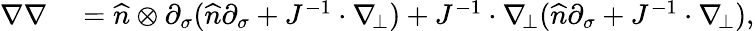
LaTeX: \begin{array}{rl}{\nabla\nabla}&{{}=\widehat{n}\otimes\partial_{\sigma}(\widehat{n}\partial_{\sigma}+J^{-1}\cdot\nabla_{\! \bot})+J^{-1}\cdot\nabla_{\! \bot}(\widehat{n}\partial_{\sigma}+J^{-1}\cdot\nabla_{\! \bot}),}\end{array}